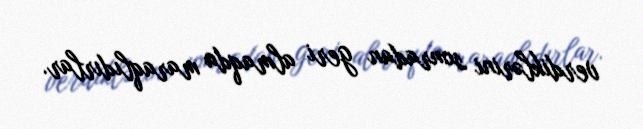
verdiklərini sonradan geri almaqda maraqlıdırlar.